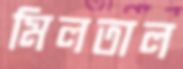
মিলতাল